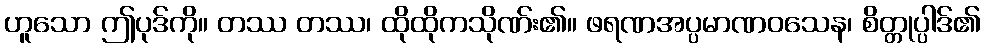
ဟူသော ဤပုဒ်ကို။ တဿ တဿ၊ ထိုထိုကသိုဏ်း၏။ ဖရဏအပ္ပမာဏဝသေန၊ စိတ္တုပ္ပါဒ်၏